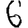
Digit: 6